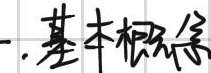
一.基本概念